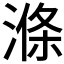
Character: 𣺢